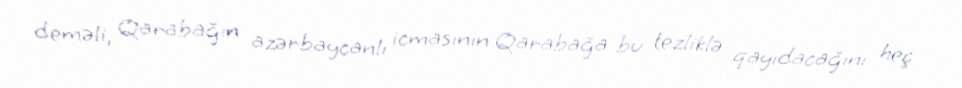
deməli, Qarabağın azərbaycanlı icmasının Qarabağa bu tezliklə qayıdacağını heç